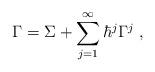
LaTeX: \begin{align*}\Gamma =\Sigma +\sum_{j=1}^\infty \hbar ^j\Gamma ^j\;, \end{align*}